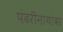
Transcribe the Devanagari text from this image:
पंढरीनाथांवर